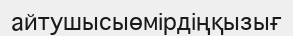
айтушысыөмірдіңқызығ